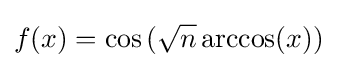
f(x)=\cos {({\sqrt {n}}\arccos(x))}